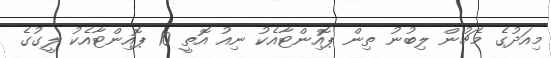
މިއަދުގެ މެޗުން ލިބުނު ތިން ޕޮއިންޓާއެކު ނިއު އޮތީ 10 ޕޮއިންޓާއެކު ލީގުގެ